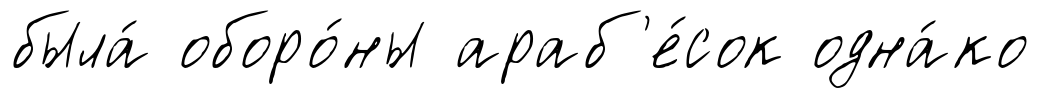
была́ оборо́ны араб'е́сок одна́ко